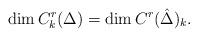
LaTeX: \begin{align*}\dim C_k^r(\Delta)=\dim C^r(\hat{\Delta})_k.\end{align*}